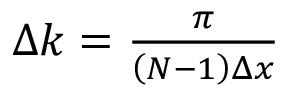
\begin{array} { r } { \Delta k = \frac { \pi } { \left( N - 1 \right) \Delta x } } \end{array}